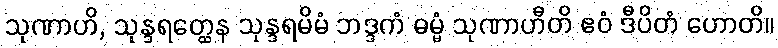
သုဏာဟိ, သုန္ဒရတ္ထေန သုန္ဒရမိမံ ဘဒ္ဒကံ ဓမ္မံ သုဏာဟီတိ ဧဝံ ဒီပိတံ ဟောတိ။